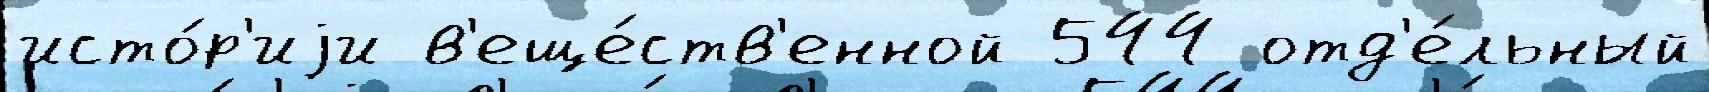
исто́р'иjи в'еще́ств'енной 544 отд'е́льный